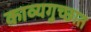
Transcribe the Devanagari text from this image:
काव्यगुच्छात